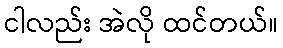
ငါလည်း အဲလို ထင်တယ်။